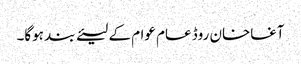
آغاخان روڈ عام عوام کے لیئے بند ہوگا۔